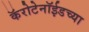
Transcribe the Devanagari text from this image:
कॅरोटेनॉईडच्या